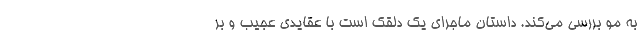
به مو بررسی می‌کند. داستان ماجرای یک دلقک است با عقایدی عجیب و بر